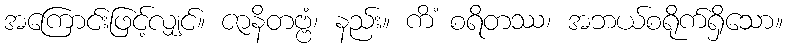
အကြောင်းဖြင့်လျှင်။ ဇာနိတဗ္ဗံ၊ နည်း။ ကိံ စရိတဿ၊ အဘယ်စရိုက်ရှိသော။